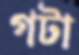
গটা